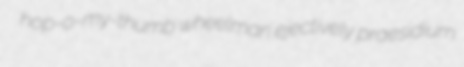
hop-o-my-thumb wheelman ejectively praesidium